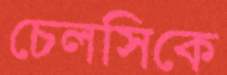
চেলসিকে